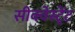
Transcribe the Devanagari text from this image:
सीक्वेस्ट्रेंट